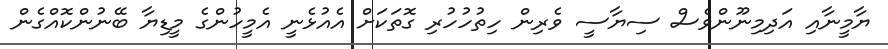
ޔާމީނާއި އަދިމިނޫންވެސް ސިޔާސީ ވެރިން ހިތުހުހުރި ގޮތަކަށް އެއުޅެނީ އެމީހުންގެ މީޑިޔާ ބޭނުންކޮއްގެން